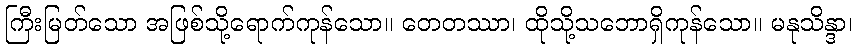
ကြီးမြတ်သော အဖြစ်သို့ရောက်ကုန်သော။ တေတဿာ၊ ထိုသို့သဘောရှိကုန်သော။ မနုသိန္ဒာ၊